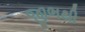
જીભથી